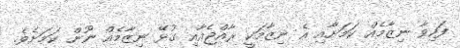
ފަހިވާ ނިޒާމެއް ކަމަށާއި އެ ނިޒާމަކީ ރާއްޖެއާއި ގުޅޭ ނިޒާމެއް ނޫން ކަމަށެވެ.